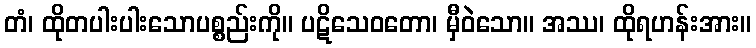
တံ၊ ထိုတပါးပါးသောပစ္စည်းကို။ ပဋိသေဝတော၊ မှီဝဲသော။ အဿ၊ ထိုရဟန်းအား။